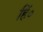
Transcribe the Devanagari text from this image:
हिं०